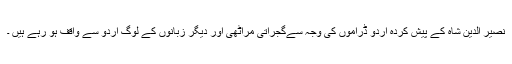
نصیر الدین شاہ کے پیش کردہ اردو ڈراموں کی وجہ سےگجراتی مراٹھی اور دیگر زبانوں کے لوگ اردو سے واقف ہو رہے ہیں ۔